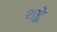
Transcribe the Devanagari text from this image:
शङ्के